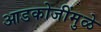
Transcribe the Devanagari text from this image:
आडकोजींमुळे